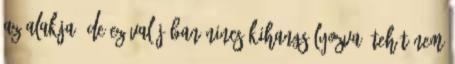
az alakja, de ez valójában nincs kihangsúlyozva, tehát nem